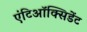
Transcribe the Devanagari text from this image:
एंटिऑक्सिडेंट